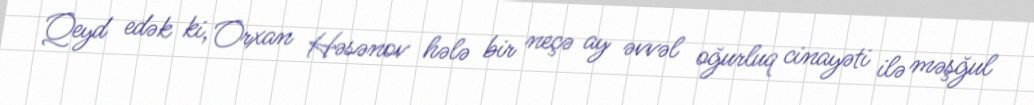
Qeyd edək ki, Orxan Həsənov hələ bir neçə ay əvvəl oğurluq cinayəti ilə məşğul